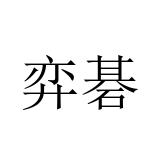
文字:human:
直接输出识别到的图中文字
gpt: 弈碁